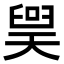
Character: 𪡲